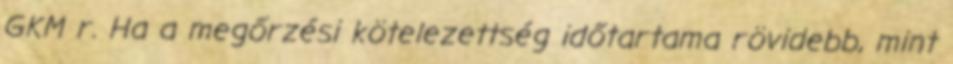
GKM r. Ha a megőrzési kötelezettség időtartama rövidebb, mint